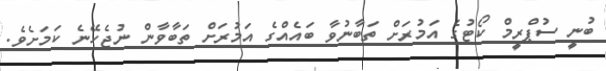
ބުނީ ސުޕްރީމް ކޯޓުގެ އަމުރަށް ތަބާނުވާ ބައެއްގެ އަމުރަށް ތަބާވާން ނުޖެހޭނެ ކަމަށެވެ.